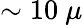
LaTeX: \sim 10~\mu